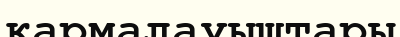
қармалауыштары